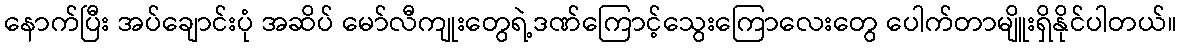
နောက်ပြီး အပ်ချောင်းပုံ အဆိပ် မော်လီကျုးတွေရဲ့ဒဏ်ကြောင့်သွေးကြောလေးတွေ ပေါက်တာမျိူးရှိနိုင်ပါတယ်။